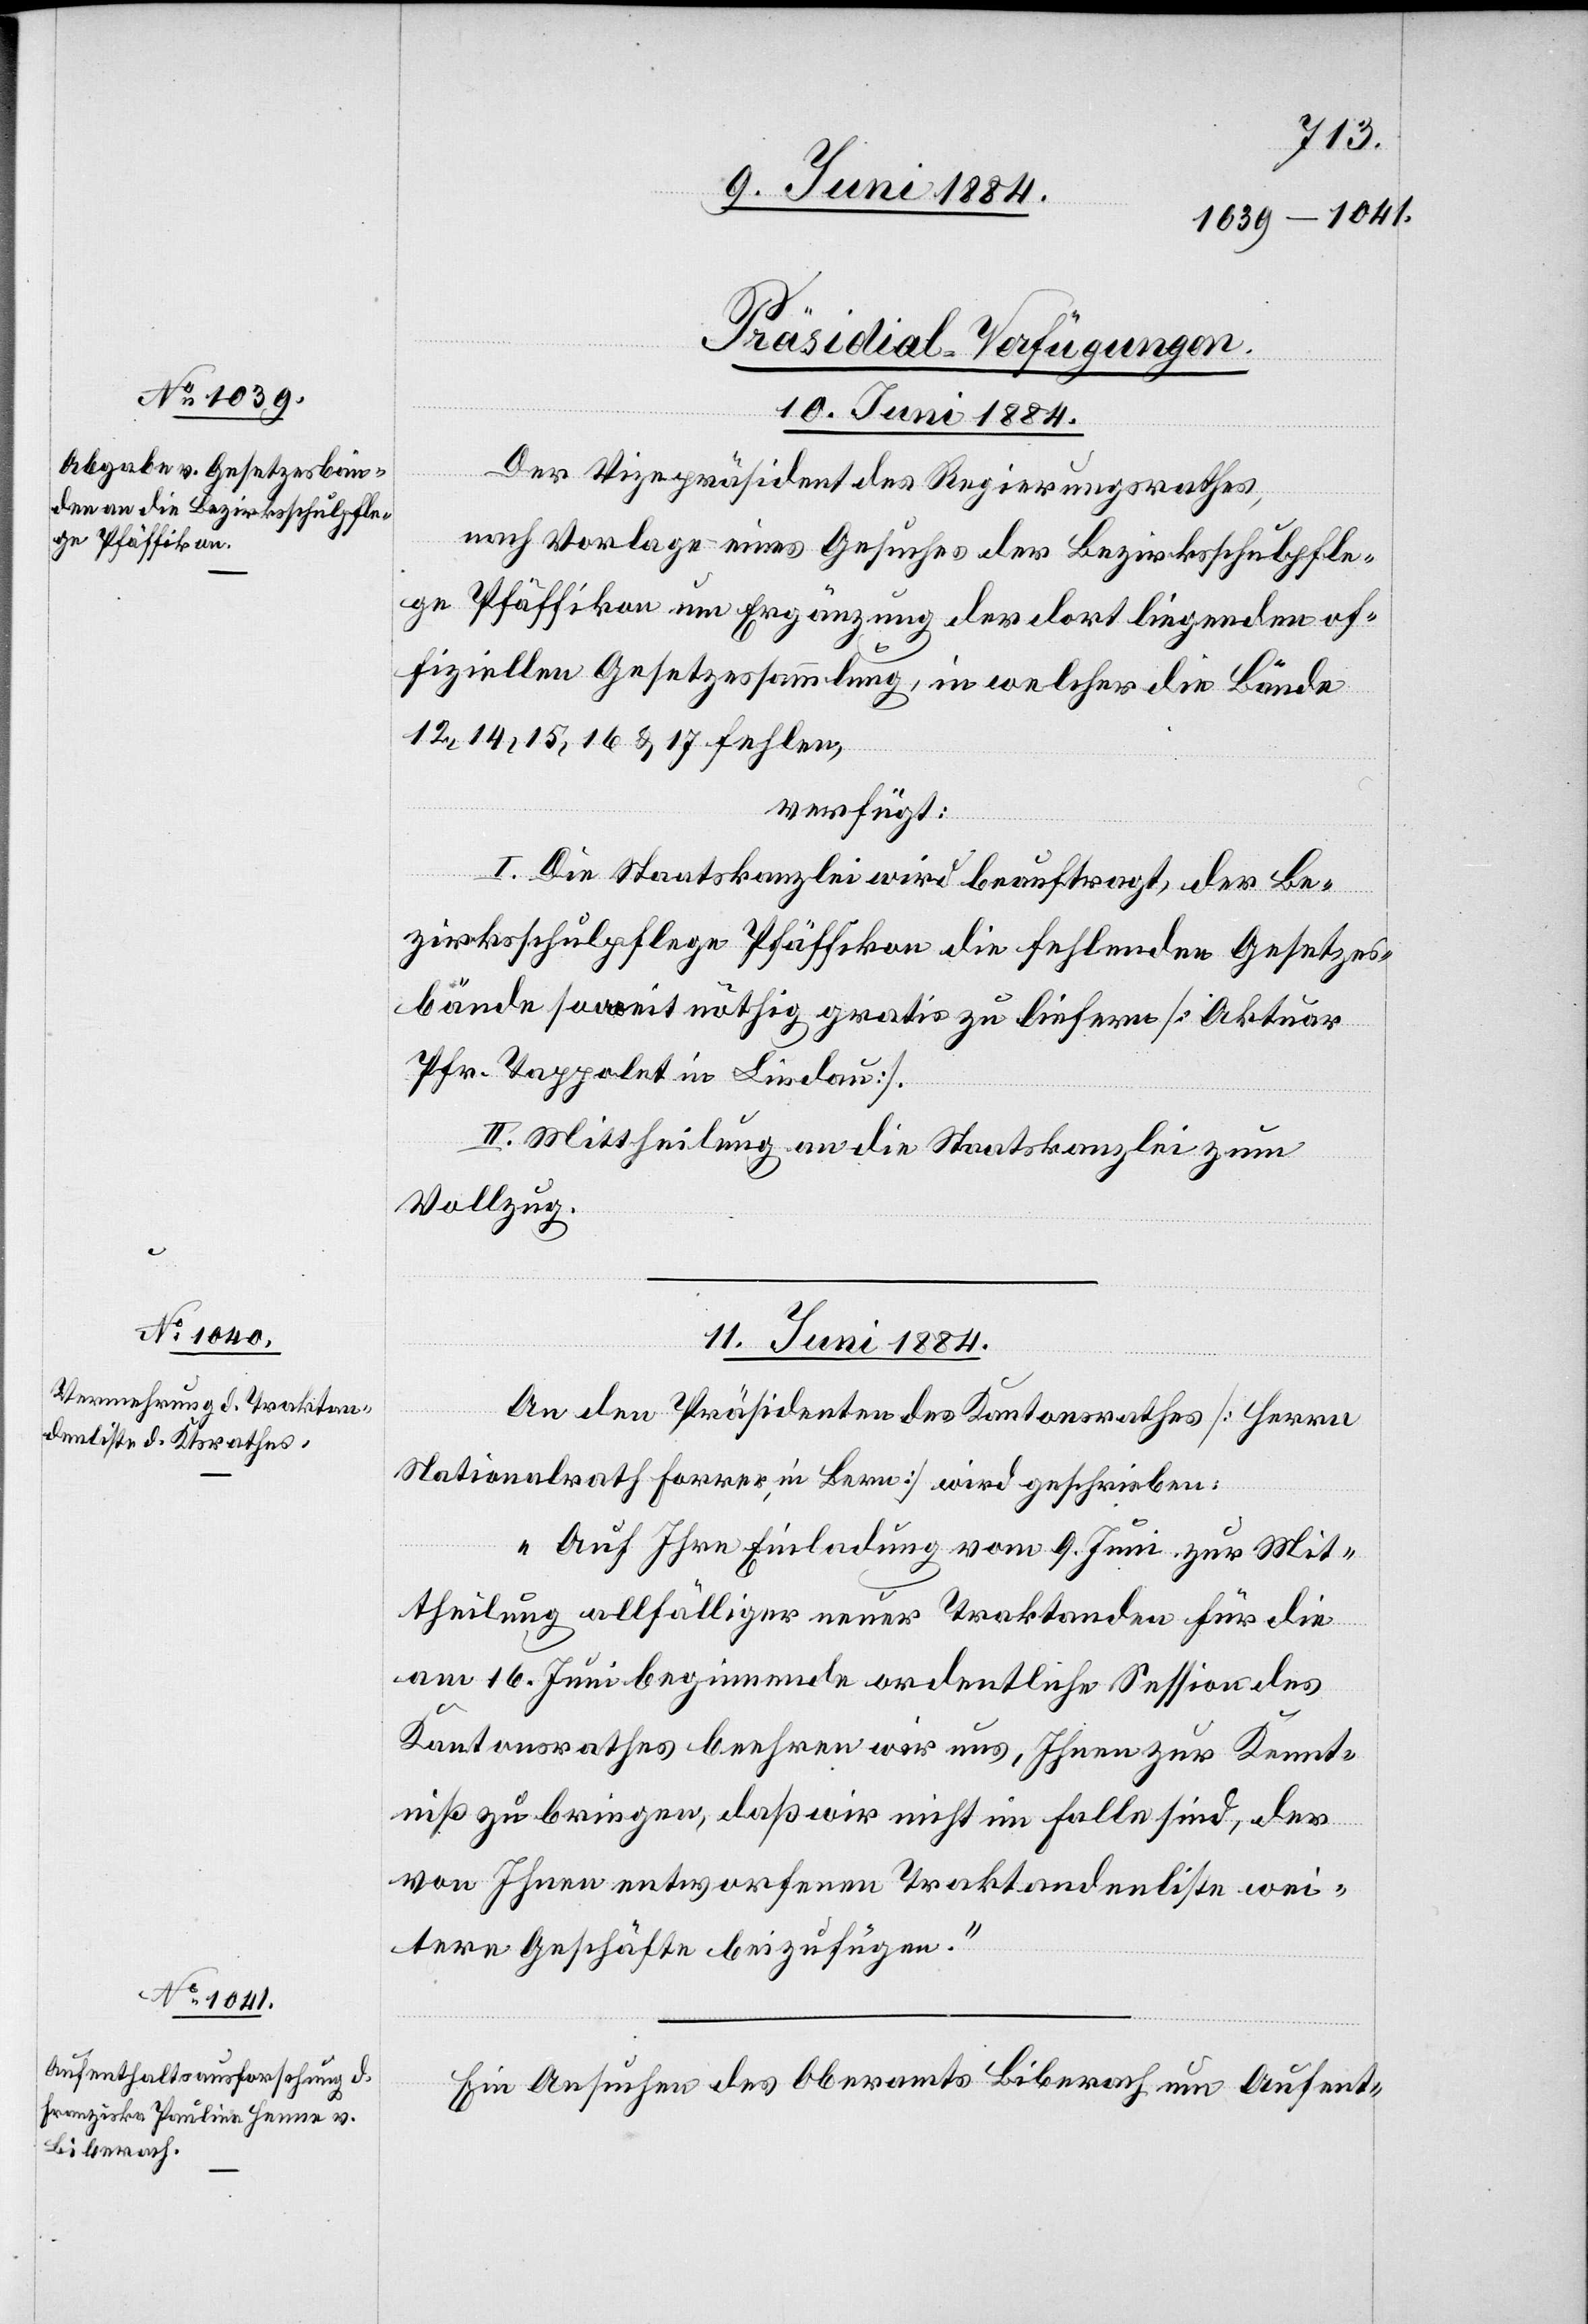
[Präsidial-Verfügungen.
10. Juni 1884.
Der Vizepräsident des Regierungsrathes,
nach Vorlage eines Gesuches der Bezirksschulpfle¬
ge Pfäffikon um Ergänzung der dort liegenden of¬
fiziellen Gesetzessammlung, in welcher die Bände
12, 14, 15, 16 & 17 fehlen,
verfügt:
I. Die Staatskanzlei wird beauftragt, der Be¬
zirksschulpflege Pfäffikon die fehlenden Gesetzes¬
bände soweit nöthig gratis zu liefern [Aktuar
Pfr. Tappolet in Lindau].
II. Mittheilung an die Staatskanzlei zum
Vollzug.
11. Juni 1884.]
An den Präsidenten des Kantonsrathes [Herren
Nationalrath Forrer, in Bern] wird geschrieben:
„Auf Ihre Einladung vom 9. Juni zur Mit¬
theilung allfälliger neuer Traktanden für die
am 16. Juni beginnende ordentliche Session des
Kantonsrathes beehren wir uns Ihnen zur Kennt¬
niß zu bringen, daß wir nicht im Falle sind, der
von Ihnen entworfenen Traktandenliste we¬
itere Geschäfte beizufügen.“
Ein Ansuchen des Oberamts Biberach um Aufent-